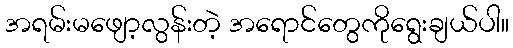
အရမ်းမဖျော့လွန်းတဲ့ အရောင်တွေကိုရွေးချယ်ပါ။